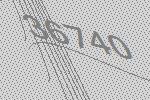
36740